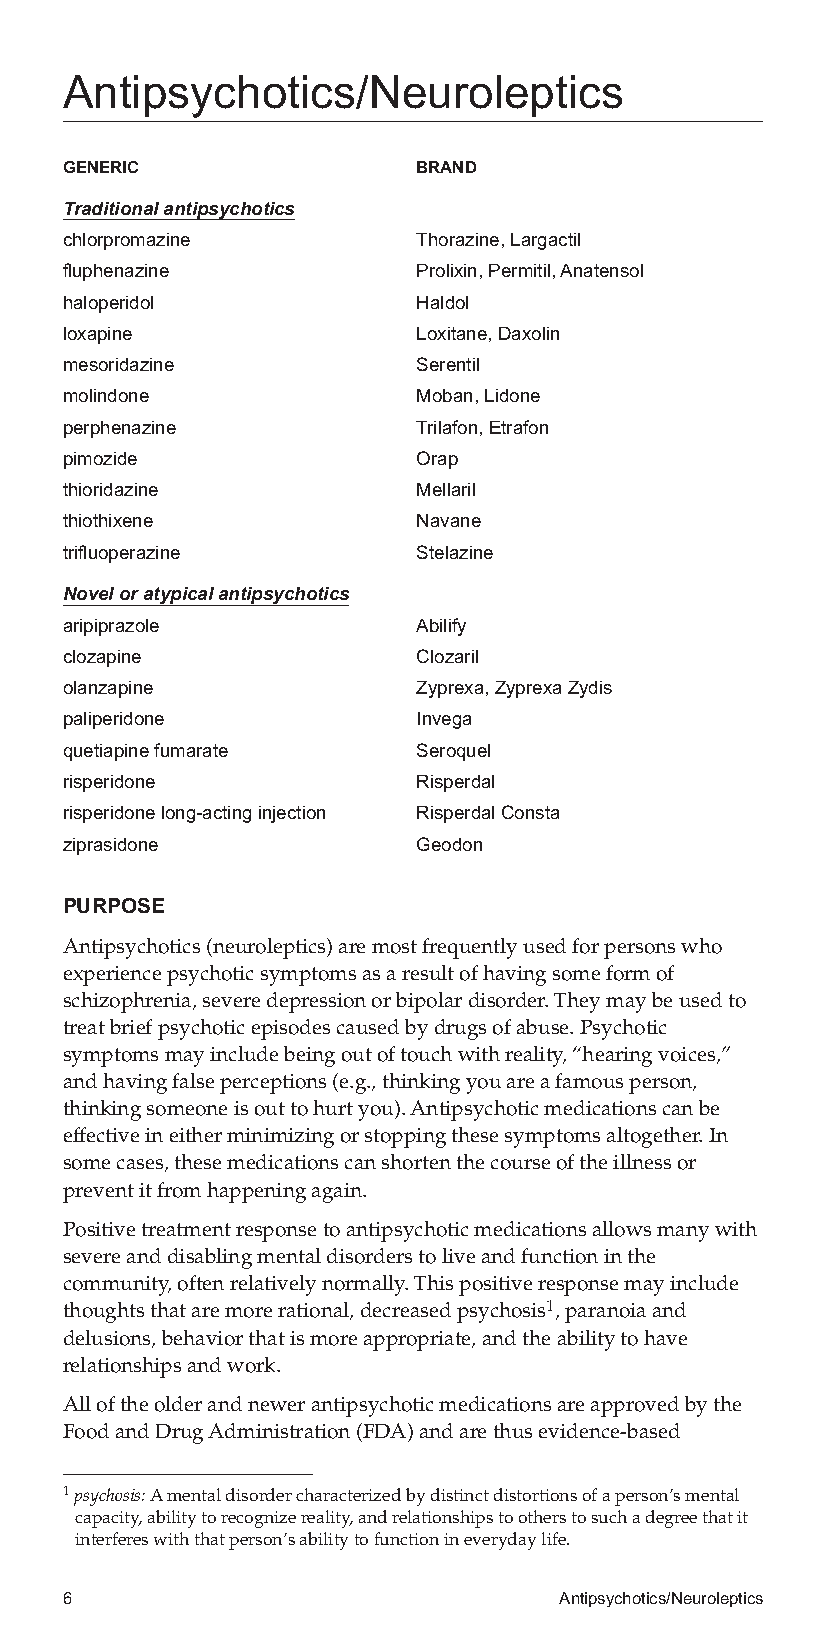
Antipsychotics/Neuroleptics
 GENERIC                 BRAND
 Traditionalantipsychotics
 chlorpromazine          Thorazine,Largactil
 fluphenazine            Prolixin,Permitil,Anatensol
 haloperidol             Haldol
 loxapine                Loxitane,Daxolin
 mesoridazine            Serentil
 molindone               Moban,Lidone
 perphenazine            Trilafon,Etrafon
 pimozide                Orap
 thioridazine            Mellaril
 thiothixene             Navane
 trifluoperazine         Stelazine
 Noveloratypicalantipsychotics
 aripiprazole            Abilify
 clozapine               Clozaril
 olanzapine              Zyprexa,ZyprexaZydis
 paliperidone            Invega
 quetiapinefumarate      Seroquel
 risperidone             Risperdal
 risperidonelong-actinginjection RisperdalConsta
 ziprasidone             Geodon
 PURPOSE
 Antipsychotics(neuroleptics)aremostfrequentlyusedforpersonswho
 experiencepsychoticsymptomsasaresultofhavingsomeformof
 schizophrenia,severedepressionorbipolardisorder.Theymaybeusedto
 treatbriefpsychoticepisodescausedbydrugsofabuse.Psychotic
 symptomsmayincludebeingoutoftouchwithreality,“hearingvoices,”
 andhavingfalseperceptions(e.g.,thinkingyouareafamousperson,
 thinkingsomeoneisouttohurtyou).Antipsychoticmedicationscanbe
 effectiveineitherminimizingorstoppingthesesymptomsaltogether.In
 somecases,thesemedicationscanshortenthecourseoftheillnessor
 preventitfromhappeningagain.
 Positivetreatmentresponsetoantipsychoticmedicationsallowsmanywith
 severeanddisablingmentaldisorderstoliveandfunctioninthe
 community,oftenrelativelynormally.Thispositiveresponsemayinclude
 thoughtsthataremorerational,decreasedpsychosis1,paranoiaand
 delusions,behaviorthatismoreappropriate,andtheabilitytohave
 relationshipsandwork.
 Alloftheolderandnewerantipsychoticmedicationsareapprovedbythe
 FoodandDrugAdministration(FDA)andarethusevidence-based
 1psychosis:Amentaldisordercharacterizedbydistinctdistortionsofaperson’smental
 capacity,abilitytorecognizereality,andrelationshipstootherstosuchadegreethatit
 interfereswiththatperson’sabilitytofunctionineverydaylife.
 6                                Antipsychotics/Neuroleptics